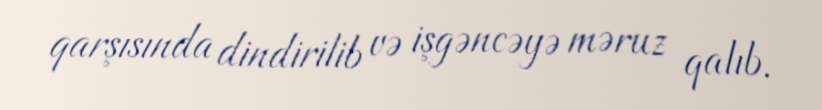
qarşısında dindirilib və işgəncəyə məruz qalıb.